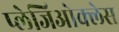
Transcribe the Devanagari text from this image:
प्लेजिओक्लेस